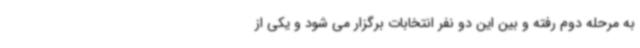
به مرحله دوم رفته و بین این دو نفر انتخابات برگزار می شود و یکی از